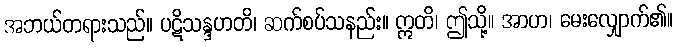
အဘယ်တရားသည်။ ပဋိသန္ဒဟတိ၊ ဆက်စပ်သနည်း။ ဣတိ၊ ဤသို့။ အာဟ၊ မေးလျှောက်၏။